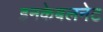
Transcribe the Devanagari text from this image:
इनकेबलनेट